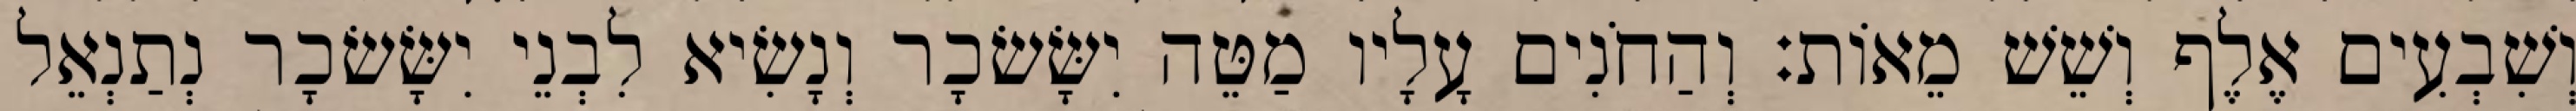
וְשִׁבְעִים אֶלֶף וְשֵׁשׁ מֵאוֹת׃ וְהַחֹנִים עָלָיו מַטֵּה יִשָּׂשׂכָר וְנָשִׂיא לִבְנֵי יִשָּׂשׂכָר נְתַנְאֵל